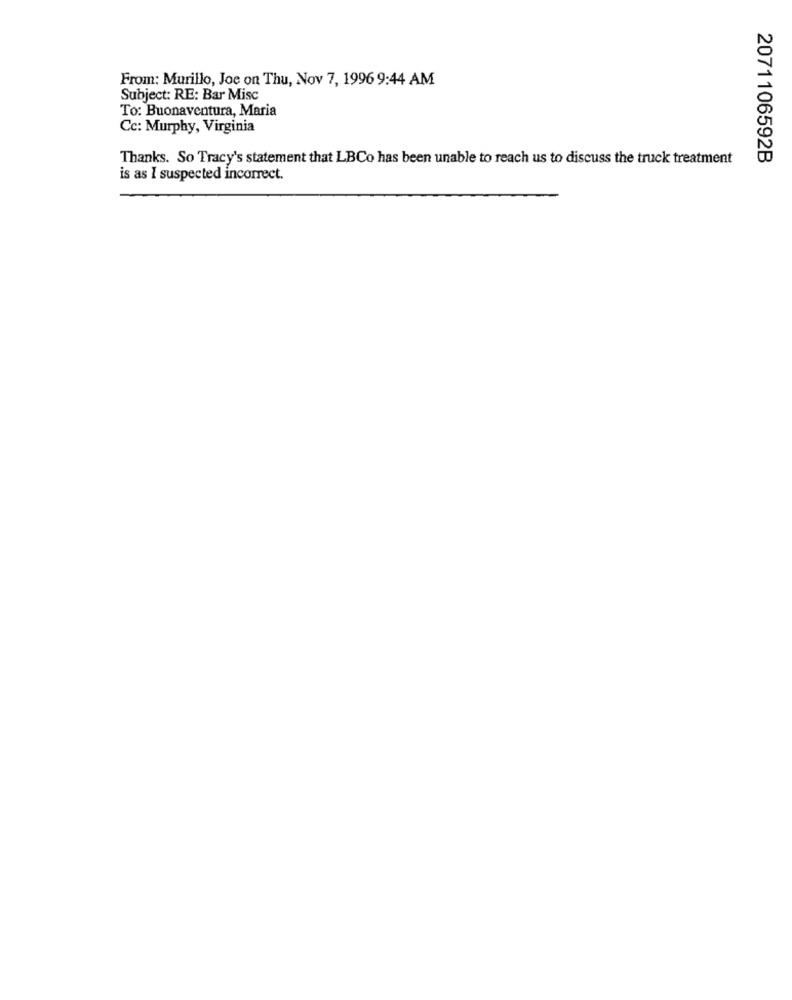
From: Murillo, Joe on Thu, Nov 7, 1996 9:44 AM
Subject: RE: Bar Misc
To: Buonaventura, Maria
Cc: Murphy, Virginia
Thanks. So Tracy's statement that LBCo has been unable to reach us to discuss the truck treatment
2071106592B
is as I suspected incorrect.